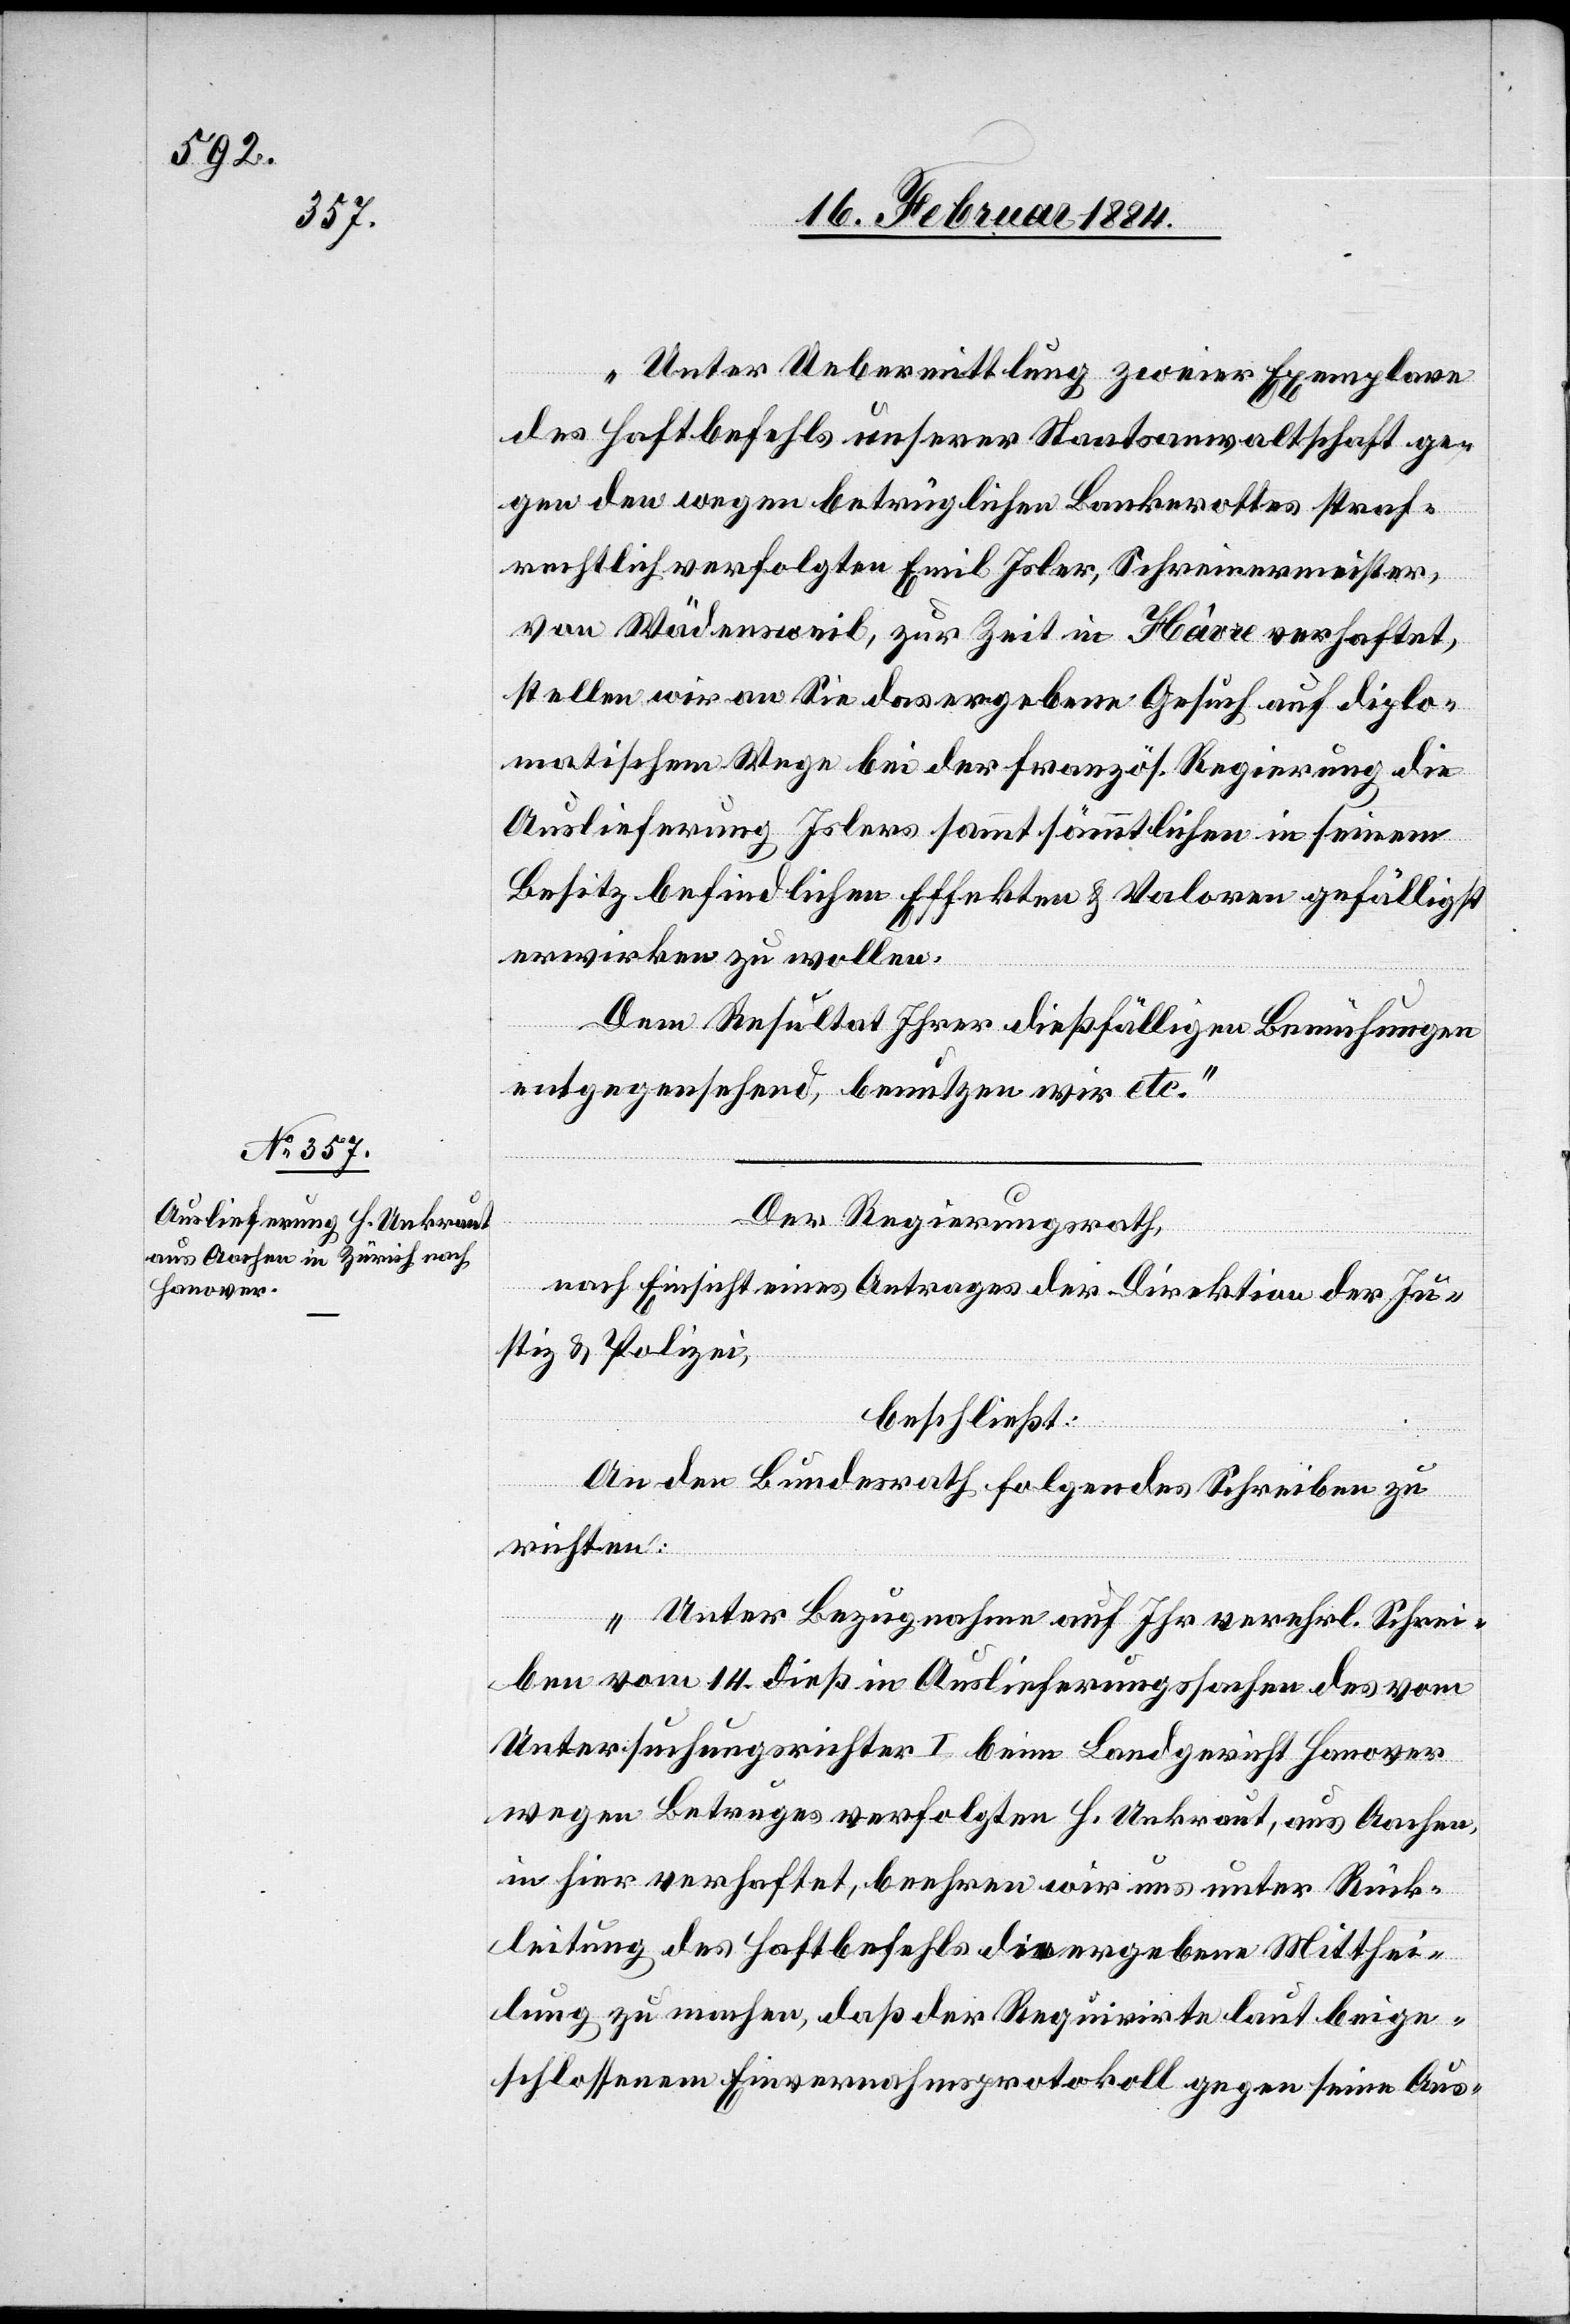
19. Februar 1884.]
„Unter Uebermittlung zweier Exemplare
des Haftbefehls unserer Staatsanwaltschaft ge¬
gen den wegen betrüglichen Bankerottes straf¬
rechtlich verfolgten Emil Isler, Schreinermeister,
von Wädensweil, zur Zeit in Hâvre verhaftet,
stellen wir an Sie das ergebene Gesuch, auf diplo¬
matischem Wege bei der französ. Regierung die
Auslieferung Islers sammt sämmtlichen in seinem
Besitz befindlichen Effekten & Valoren gefälligst
erwirken zu wollen.
Dem Resultat Ihrer dießfälligen Bemühungen
entgegensehend, benutzen wir etc.“
Der Regierungsrath,
nach Einsicht eines Antrages der Direktion der Ju¬
stiz & Polizei,
beschließt:
An den Bundesrath folgendes Schreiben zu
richten:
„Unter Bezugnahme auf Ihr verehrl. Schrei¬
ben vom 14. dieß in Auslieferungssachen des von
Untersuchungsrichter I. beim Landgericht Hanover
wegen Betruges verfolgten H. Unkraut, aus Aachen,
in hier verhaftet, beehren wir uns unter Rück¬
leitung des Haftbefehls die ergebene Mitthei¬
lung zu machen, daß der Requirirte laut beige¬
schlossenem Einvernahmsprotokoll gegen seine Aus-